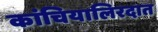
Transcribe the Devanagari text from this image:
कांचियालिरदात